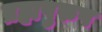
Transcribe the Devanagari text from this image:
ब्रह्मपुरुष